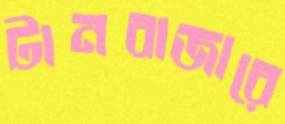
টানবাজারে